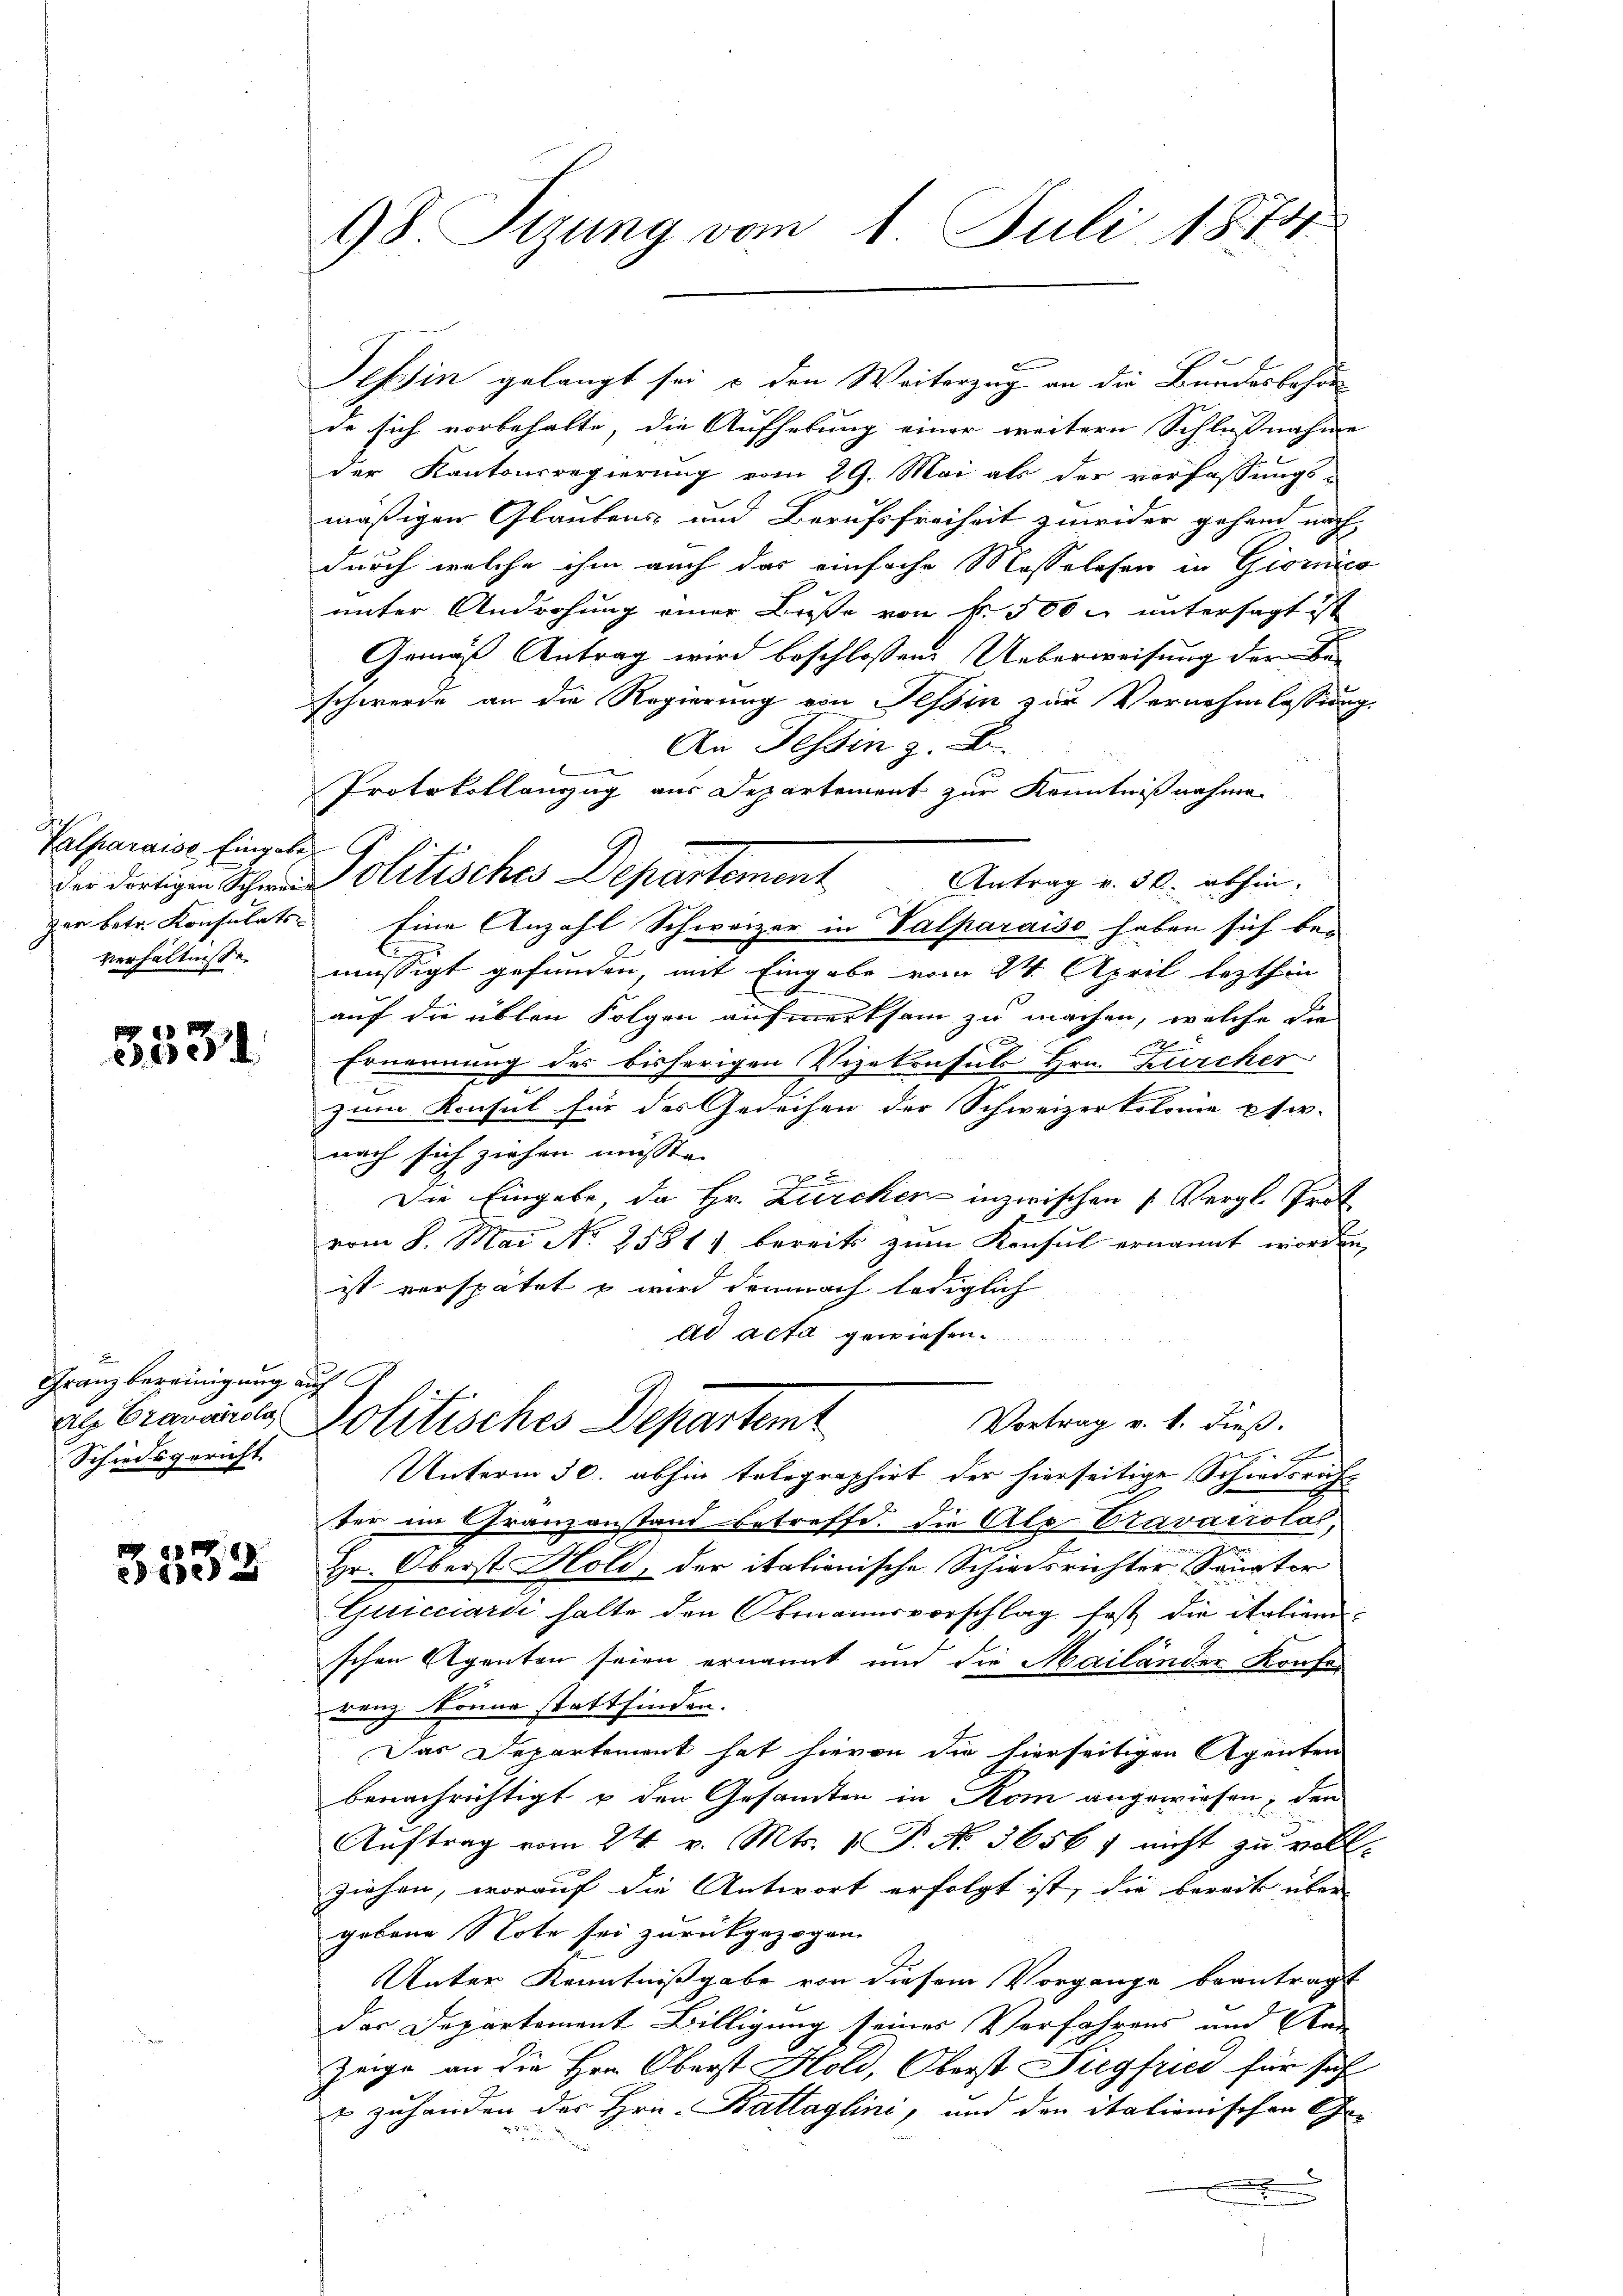
Valparaise Eingabe,
verhältnisse.

8.8.
252 d

Granz bereinigung auf
Schiedsgericht

8.
32

98 Tizung vom 1. Juli 1874.

de sich vorbehalte, die Aufhebung einer weitern Schlußnahme
der Kantonsregierung vom 29. Mai als der vorfassungs-
mäßigen Glaubens und Berufsfreiheit zuwider gehend nachdurch welche ihm auch das einfache Masselesen in Giorico
unter Androhung einer Busse von N. 500 u. untersagt ist
Gemäß Antrag wird beschlossen Ueberweisung der Beschwerde an die Regierung von Tessin zur Vernehmlassung
An Tessin z. B.
Antrag v. 30. abhin,
zer betr. Konsulats: Eine Anzahl Schweizer in Valparaiso haben sich bei
mässigt gefunden, mit Eingabe vom 24. April lezthin
auf die üblen Folgen aufmerksam zu machen, welche die
Ernennung des bisherigen Vizekonsuls Hrn. Zürcher
zum Konsul für das Gedächen der Schweizerkolonie phi-
nach sich ziehen müsste.
Die Eingabe, da Hr. Zürchen inzwischen 1 Vergl. Prof
vom 8. Mai No 2581) bereits zum Konsul ernannt worden,
ist verspätet u. wird demnach lediglich
ad acta gewiesen.
als Grauer Politisches Departemt
Vortrag v. 1. dieß.
4
Unterm 30. abhin telegraphirt der hierseitige Schiedsricht
ter im Granzanstand betreffe. Die Alp Cravairola,
Hr. Oberst Hold, der itationische Schiedsrichter Sanator
Guicciardi halte den Obmannsvorschlag fest die italienschen Agenten seien ernannt und die Mailänder Konfer
renz könne stattfinden.
Das Departement hat hievon die hierseitigen Agenten
benachrichtigt u den Gesamten in Rom angewiesen, den
Auftrag vom 24. v. Mts. 1 P. Nr. 3656; nicht zu voll-
ziehen, worauf die Antwort erfolgt ist, die bereits über
gebene Note sei zurückgezogen.
Unter Kenntnißgabe von diesem Vorgange beantragt
der Departement Billigung seines Verfahrens und Ann
Zeige an die Hrn. Oberst Hold, Oberst Siegfried für sich
u zuhanden der Hrn. Battaglini, und den italionischen G
.
.

Protokollanzug aus Departement zur Kenntnißnahme
der dortigen Schnen Politisches Departement

Tessin gelangt sei u den Weiterzug an die Bundesbehör